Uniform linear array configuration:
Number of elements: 48
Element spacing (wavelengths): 1
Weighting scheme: hann
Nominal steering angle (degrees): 15
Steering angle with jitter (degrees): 14.643
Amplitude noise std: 0.05
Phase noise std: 0.05

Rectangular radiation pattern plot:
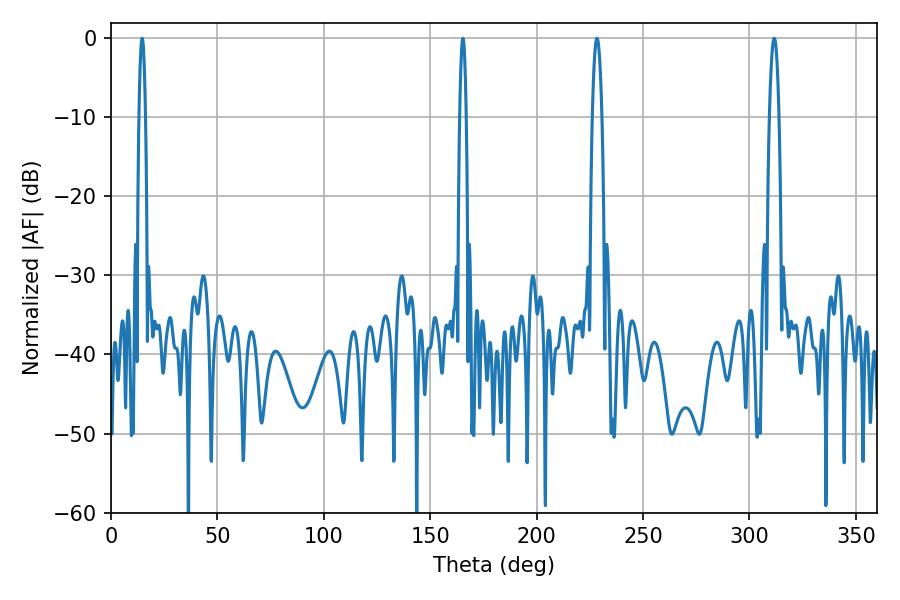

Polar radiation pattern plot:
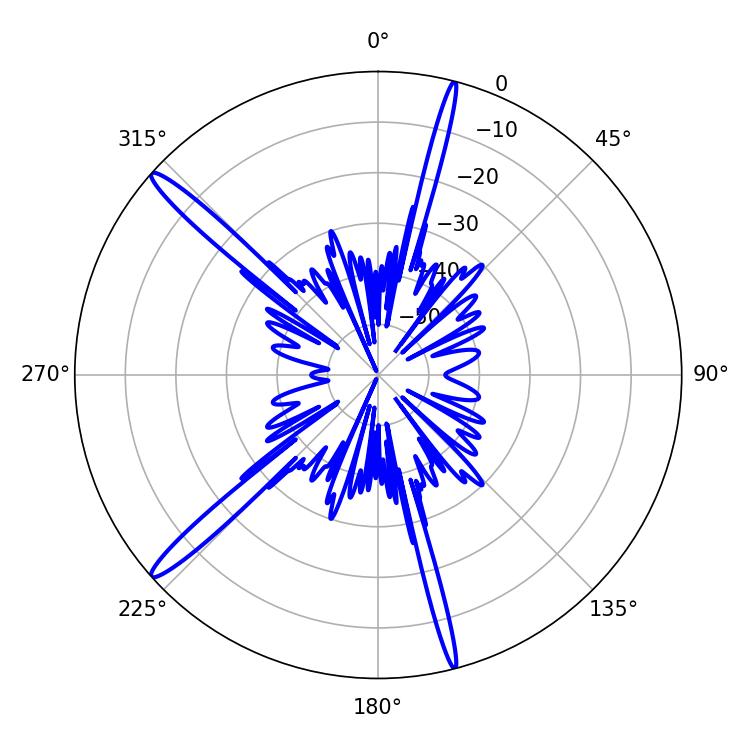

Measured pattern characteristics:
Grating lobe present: TRUE
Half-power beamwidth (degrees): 2.52
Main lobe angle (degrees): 311.58